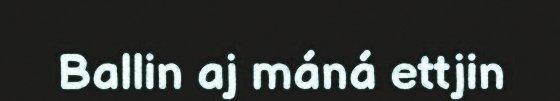
Ballin aj máná ettjin